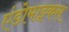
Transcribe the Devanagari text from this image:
एंडोमाइकस